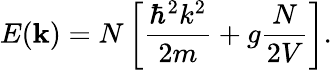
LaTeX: E(\mathbf{k})=N\left[{\frac{\hbar^{2}k^{2}}{2m}}+g{\frac{N}{2V}}\right].